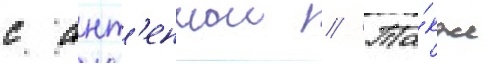
с ант'еннои // Та́кже